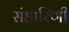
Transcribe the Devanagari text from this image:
संहारिणी